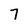
Character: 7